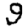
Digit: 9